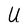
Character: U